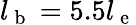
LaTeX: l_{\mathrm{~b~}}=5.5l_{\mathrm{~e~}}